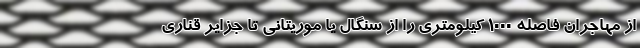
از مهاجران فاصله 1000 کیلومتری را از سنگال یا موریتانی تا جزایر قناری